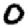
Digit: 0